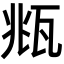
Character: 𤭈